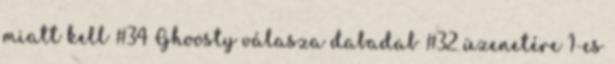
miatt kell #34 Ghoosty válasza dabadab #32 üzenetére 1-es